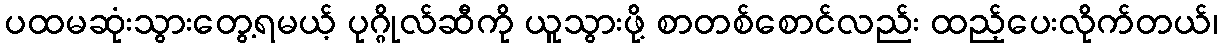
ပထမဆုံးသွားတွေ့ရမယ့် ပုဂ္ဂိုလ်ဆီကို ယူသွားဖို့ စာတစ်စောင်လည်း ထည့်ပေးလိုက်တယ်၊